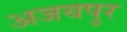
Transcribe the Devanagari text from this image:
अजयपुर